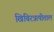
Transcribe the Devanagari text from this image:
खिबिरऋषीताल